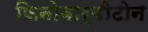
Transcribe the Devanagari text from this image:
फिनोबार्बीटोन